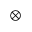
\otimes